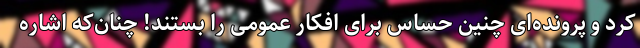
کرد و پرونده‌ای چنین حساس برای افکار عمومی را بستند! چنان‌که اشاره